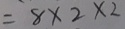
= 8 \times 2 \times 2